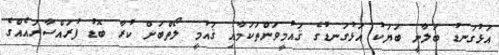
އަޅުގަނޑު ބަލާނީ ބަޔަކު އަޅުގަނޑުގެ ޤައުމީވަންތަކަމާއި ޤައުމީ ލޯތްބަށް ކުރާ ބޮޑު ފުރައްސާރައެއްގެ